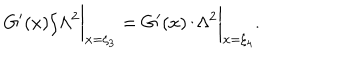
LaTeX: { G ^ { \prime } ( x ) } / { \Lambda ^ { 2 } } \biggr \vert _ { x = \xi _ { 3 } } = { G ^ { \prime } ( x ) } / { \Lambda ^ { 2 } } \biggr \vert _ { x = \xi _ { 4 } } .